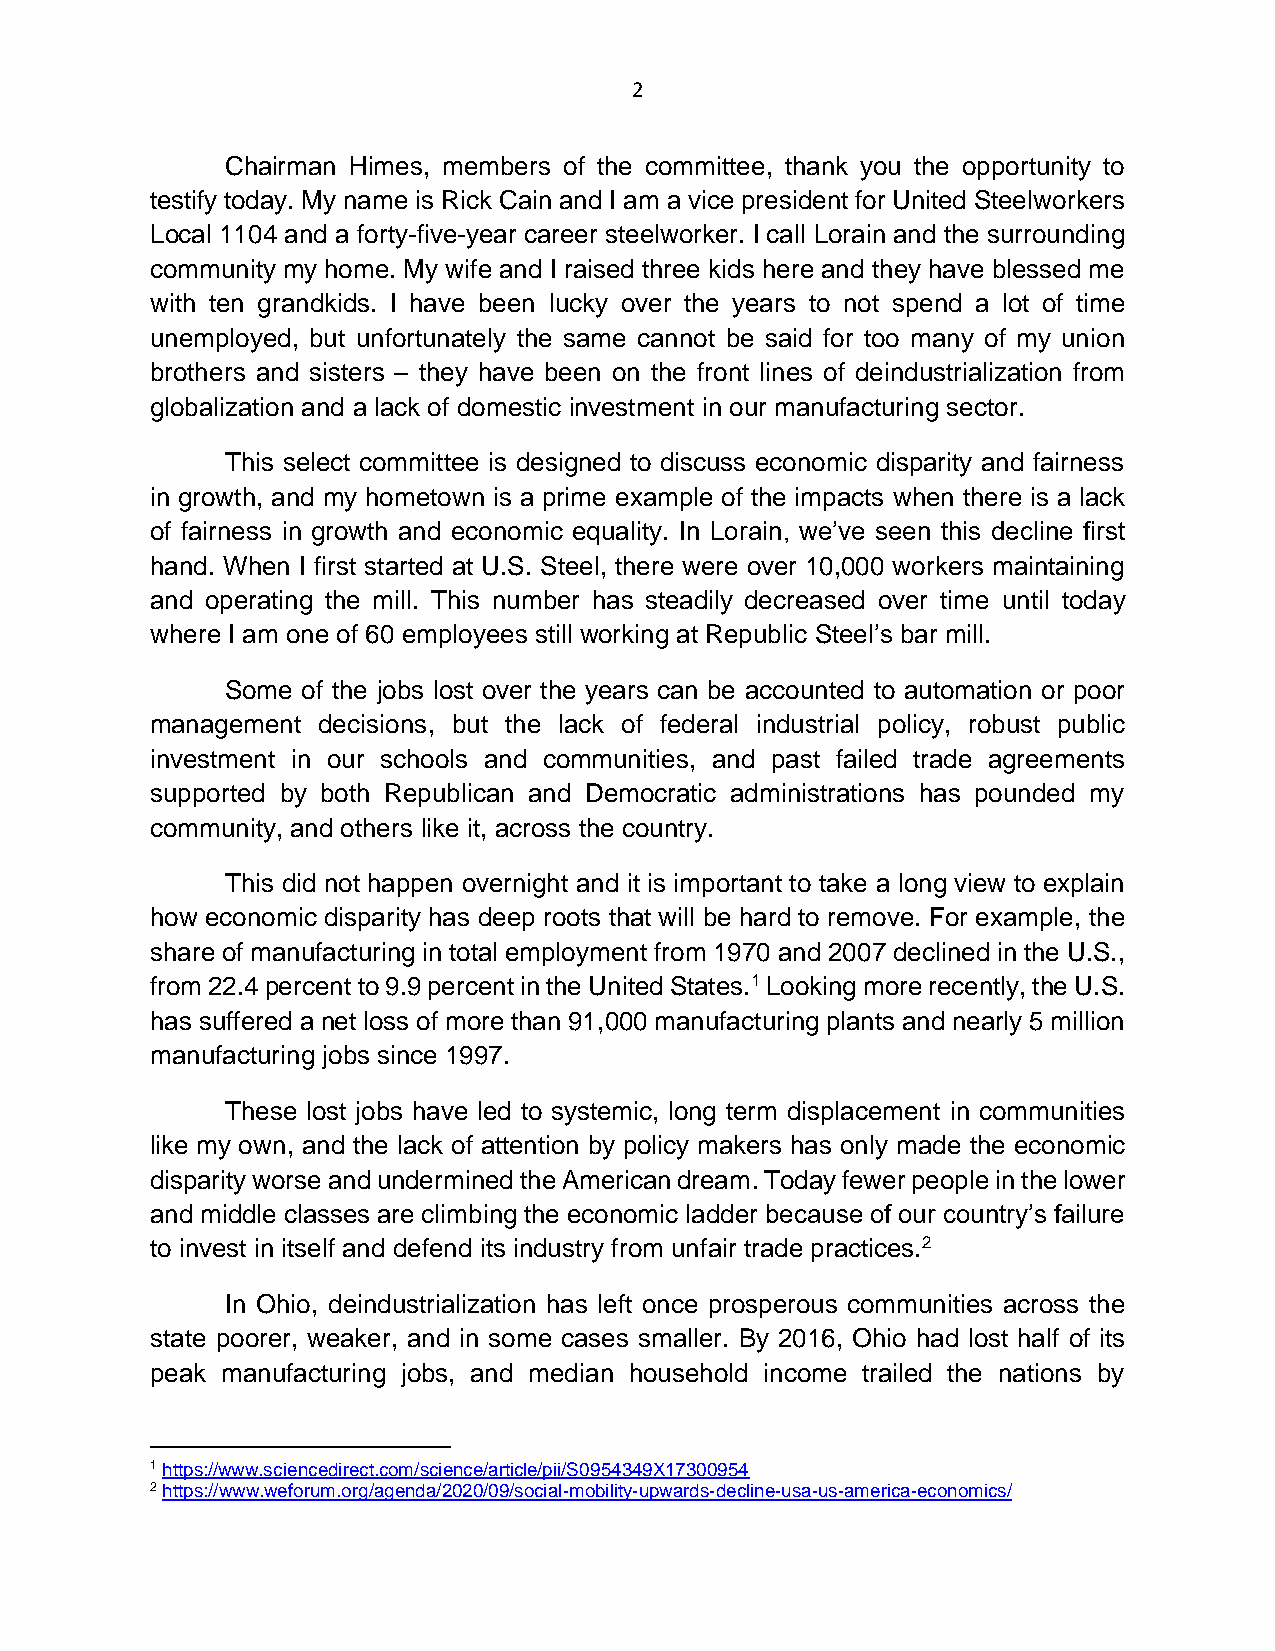
2
 Chairman Himes, members of the committee, thank you the opportunity to
 testify today. My name is Rick Cain and I am a vice president for United Steelworkers
 Local 1104 and a forty-five-year career steelworker. I call Lorain and the surrounding
 community my home. My wife and I raised three kids here and they have blessed me
 with ten grandkids. I have been lucky over the years to not spend a lot of time
 unemployed, but unfortunately the same cannot be said for too many of my union
 brothers and sisters – they have been on the front lines of deindustrialization from
 globalization and a lack of domestic investment in our manufacturing sector.
 This select committee is designed to discuss economic disparity and fairness
 in growth, and my hometown is a prime example of the impacts when there is a lack
 of fairness in growth and economic equality. In Lorain, we’ve seen this decline first
 hand. When I first started at U.S. Steel, there were over 10,000 workers maintaining
 and operating the mill. This number has steadily decreased over time until today
 where I am one of 60 employees still working at Republic Steel’s bar mill.
 Some of the jobs lost over the years can be accounted to automation or poor
 management decisions, but the lack of federal industrial policy, robust public
 investment in our schools and communities, and past failed trade agreements
 supported by both Republican and Democratic administrations has pounded my
 community, and others like it, across the country.
 This did not happen overnight and it is important to take a long view to explain
 how economic disparity has deep roots that will be hard to remove. For example, the
 share of manufacturing in total employment from 1970 and 2007 declined in the U.S.,
 from 22.4 percent to 9.9 percent in the United States.1 Looking more recently, the U.S.
 has suffered a net loss of more than 91,000 manufacturing plants and nearly 5 million
 manufacturing jobs since 1997.
 These lost jobs have led to systemic, long term displacement in communities
 like my own, and the lack of attention by policy makers has only made the economic
 disparity worse and undermined the American dream. Today fewer people in the lower
 and middle classes are climbing the economic ladder because of our country’s failure
 to invest in itself and defend its industry from unfair trade practices.2
 In Ohio, deindustrialization has left once prosperous communities across the
 state poorer, weaker, and in some cases smaller. By 2016, Ohio had lost half of its
 peak manufacturing jobs, and median household income trailed the nations by
 1 https://www.sciencedirect.com/science/article/pii/S0954349X17300954
 2 https://www.weforum.org/agenda/2020/09/social-mobility-upwards-decline-usa-us-america-economics/